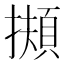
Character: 𢶄